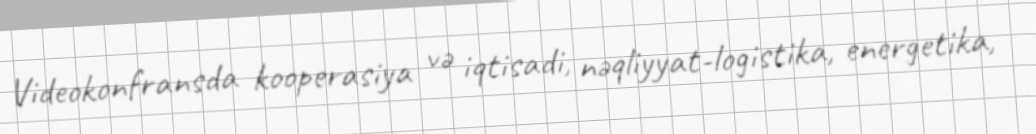
Videokonfransda kooperasiya və iqtisadi, nəqliyyat-logistika, energetika,